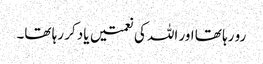
رو رہا تھا اور اللہ کی نعمتیں یاد کر رہا تھا۔